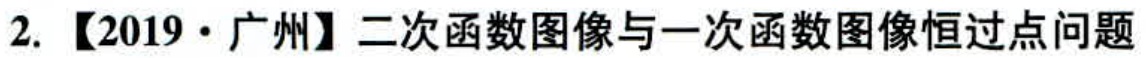
2.【2019·广州】二次函数图像与一次函数图像恒过点问题